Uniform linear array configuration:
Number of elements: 48
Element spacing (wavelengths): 0.25
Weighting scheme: exponential
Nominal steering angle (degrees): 15
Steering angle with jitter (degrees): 16.982
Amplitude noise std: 0.05
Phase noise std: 0.05

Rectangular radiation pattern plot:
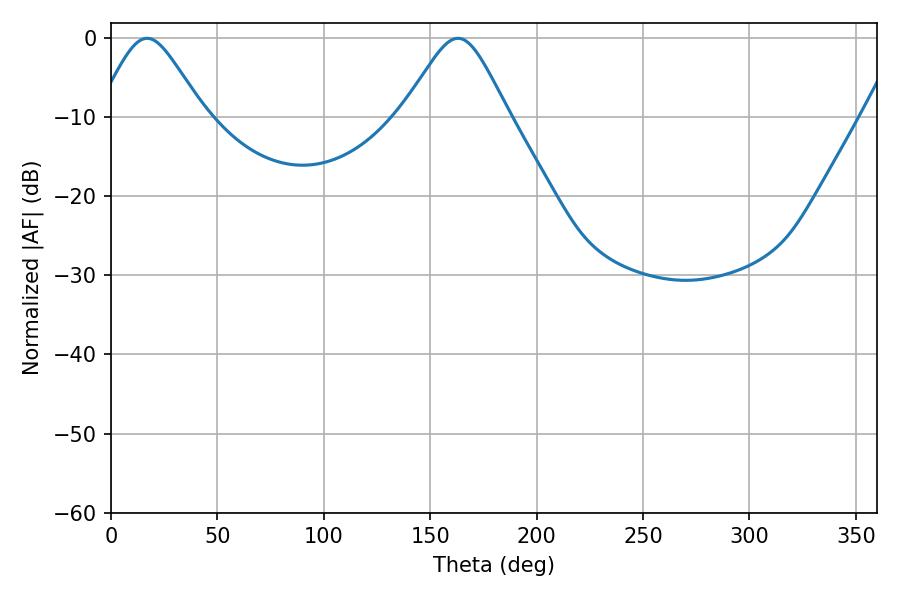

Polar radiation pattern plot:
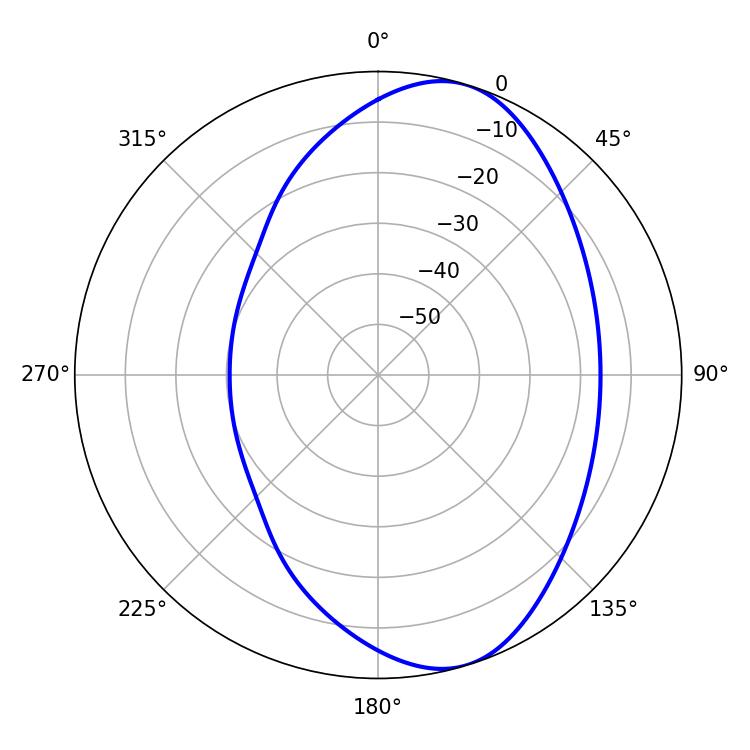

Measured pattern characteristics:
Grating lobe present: FALSE
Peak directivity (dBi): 7.703
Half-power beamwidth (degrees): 24.3
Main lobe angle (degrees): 16.92